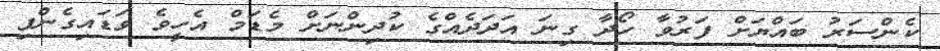
ކެންސަރު ބައްޔަށް ފަރުވާ ހޯދާ ގިނަ އަދަދެއްގެ ކުދިންނަށް މެޑަމް އެހީވެ ވަޑައިގެންފި